Laimjala_vallavalitsus, lk 32
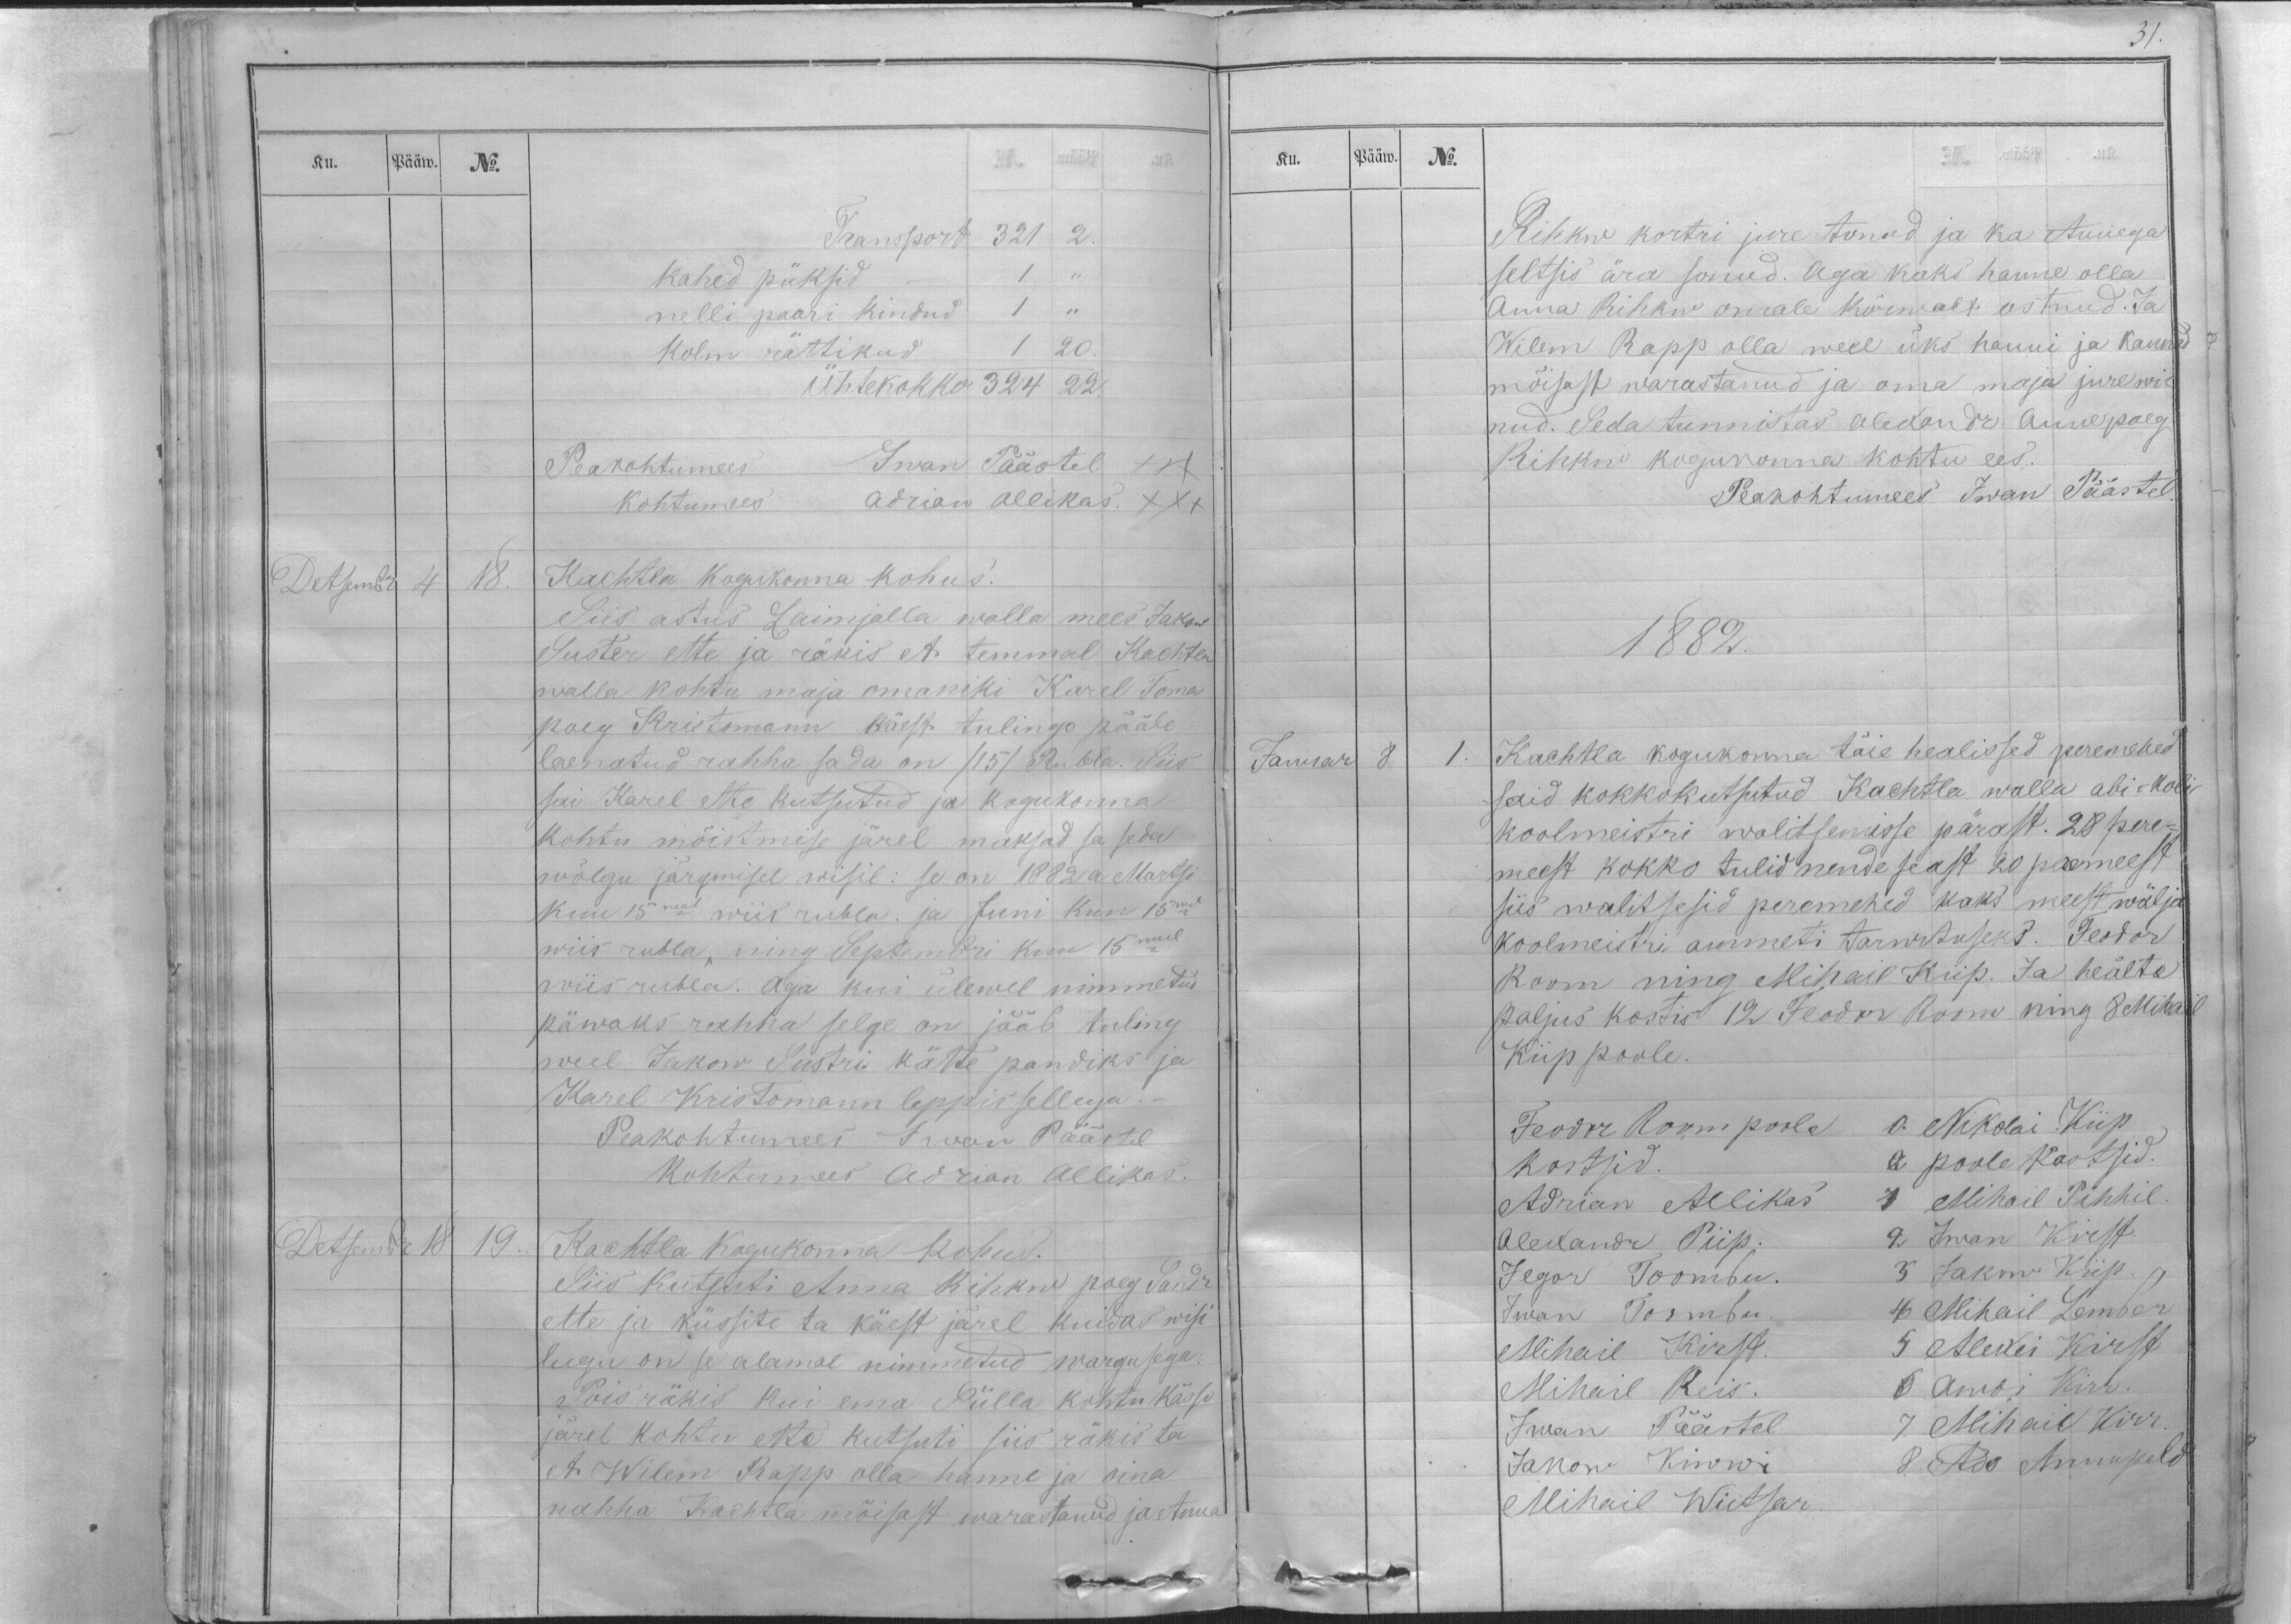
Ku.
Pääw.
No.
Transport 321 2.
kahed püksid - 1 ,,
nelli paari kindud 1 ,,
kolm rättikud 1 20.
Ühtekokko 324 22.
Peakohtumees Iwan Päästel XXX
Kohtumees Adrian Allikas. XXX
Detsembr
4
18.
Kachtla kogukonna kohus.
Siis astus Laimjalla walla mees Jakow
Suster ette ja räkis et temmal Kachtla
walla kohtu maja omaniki Karel Toma
poeg Kristmann käest tulingo pääle
laenatud rahha sada on /15/ Rubla. Siis
sai Karel ette kutsutud ja kogukonna
kohtu mõistmise järel maksad sa seda
wõlgu järgmisel wisil: se on 1882 a Martsi
kuu 15mal wiis rubla. ja Juni kuu 15mal
wiis rubla, ning Septembri kuu 15mal
wiis rubla. Aga kui ülewel nimmetud
päwaks rahha selge on jääb tuling
weel Jakow Sustri kätte pandiks ja
Karel Kristomann leppis sellega._
Peakohtumees Iwan Päästel
Kohtumees Adrian Allikas.
Detsembr
18
19.
Kachtla kogukonna kohus.
Siis kutsuti Anna Rihkw poeg Sandr
ette ja küssite ta käest järel kuidas wisi
lugu on se alamal nimmetud wargusega.
Pois räkis kui ema Sülla kohtu kässo
järel kohtu ette kutsuti siis räkis ta
et Wilem Rapp olla hanne ja oina
nahha Kachtla mõisast waratanud ja Anna

31.
Ku.
Pääw.
No.
Rihkw kortri jure tonud ja ka Annega
seltsis ära sonud. Aga kaks hanne olla
Anna Rihkw omale kõrwalt ostnud. Ja
Wilem Rapp olla weel üks hanni ja kannad
mõisast warastanud ja oma maja jure wi-
nud. Seda tunnistas Alexandr Anne poeg
Rihkw kogukonna kohtu ees.
Peakohtumees Iwan Päästel.
1882.
Januar
8
1.
Kachtla kogukonna täie healissed peremehed
said kokkokutsutud Kachtla walla abi-koli
koolmeistri walitsemisse pärast. 28 pere-
meest kokko tulid nende seast 20 peremeest
siis walitsesid peremehed kaks meest wälja
koolmeistri ammeti tarwituseks. Feodor
Room ning Mihail Kiip. Ja heälte
paljus kostis 12 Feodor Room ning 8 Mihail
Kiip poole.
Feodor Room poole
kostsid.
Adrian Allikas
Alexandr Piip.
Jegor Toombu.
Iwan Toombu.
Mihail Kirst.
Mihail Reis.
Iwan Päärtel
Jakow Kiwwi
Mihail Wiitsar.
0. Nikolai Kiip
0 poole kostsid.
1 Mihail Pihhil.
2 Iwan Kirst
3 Jakow Kiip.
4 Mihail Lember
5 Alexei Kirst
6 Awdi Kirr.
7. Mihail Kirr.
8. Ado Annupeld